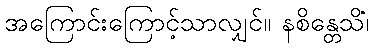
အကြောင်းကြောင့်သာလျှင်။ နစိန္တေသိံ၊